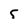
Character: 5